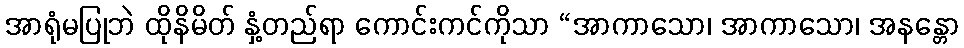
အာရုံမပြုဘဲ ထိုနိမိတ် နှံ့တည်ရာ ကောင်းကင်ကိုသာ “အာကာသော၊ အာကာသော၊ အနန္တော